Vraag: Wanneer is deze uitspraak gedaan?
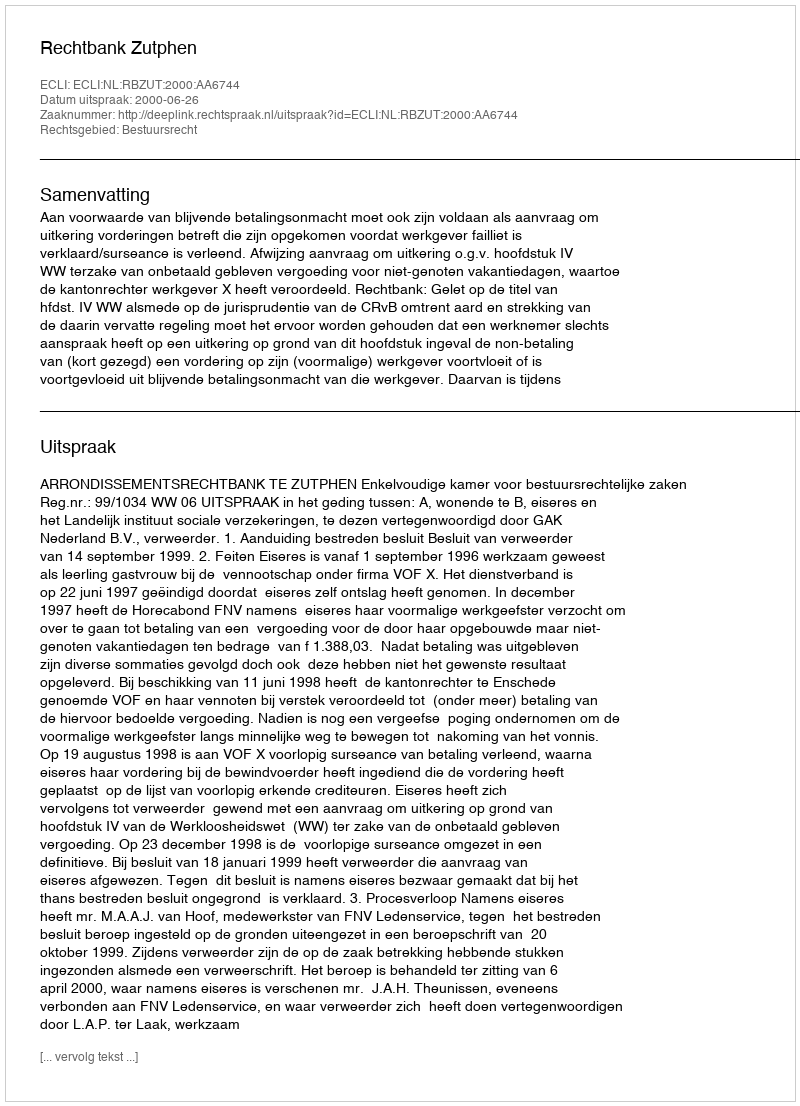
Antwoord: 2000-06-26